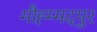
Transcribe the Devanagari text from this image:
मौह्म्मदपुर